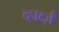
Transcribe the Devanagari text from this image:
व्हार्व्ज़